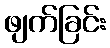
ဖျက်ခြင်း